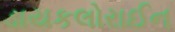
ડાયકલોરાઈન